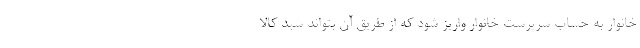
خانوار به حساب سرپرست خانوار واریز شود که از طریق آن بتواند سبد کالا